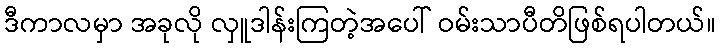
ဒီကာလမှာ အခုလို လှူဒါန်းကြတဲ့အပေါ် ဝမ်းသာပီတိဖြစ်ရပါတယ်။